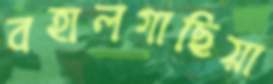
বহালগাছিয়া